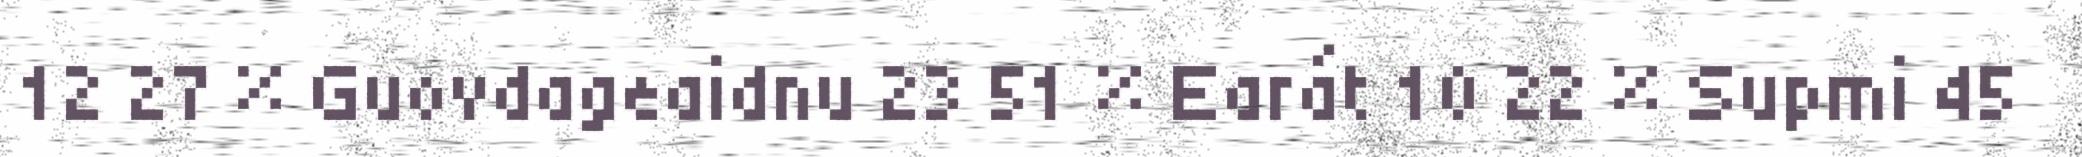
12 27 % Guovdageaidnu 23 51 % Earát 10 22 % Supmi 45